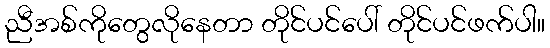
ညီအစ်ကိုတွေလိုနေတာ တိုင်ပင်ပေါ် တိုင်ပင်ဖက်ပါ။